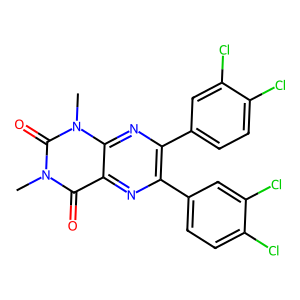
SMILES: Cn1c(=O)c2nc(-c3ccc(Cl)c(Cl)c3)c(-c3ccc(Cl)c(Cl)c3)nc2n(C)c1=O
Inhibits HIV replication: No